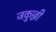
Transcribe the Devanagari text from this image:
जकुज्जी